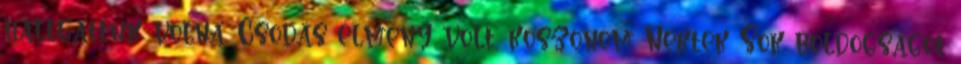
hallgattuk volna. Csodás élmény volt, köszönöm Nektek Sok boldogságot